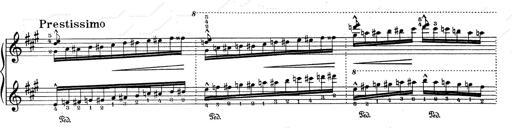
Title: RÃ©miniscences de Don Juan
Composer: Franz Liszt